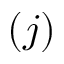
( j )